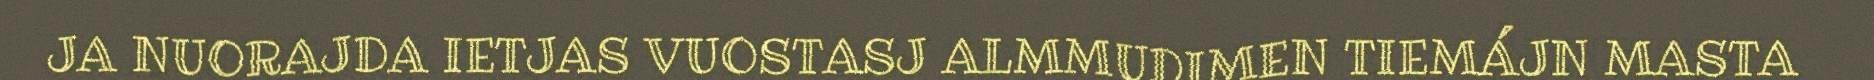
JA NUORAJDA IETJAS VUOSTASJ ALMMUDIMEN TIEMÁJN MASTA